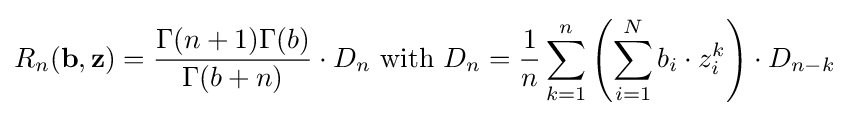
R_{n}(\mathbf {b} ,\mathbf {z} )={\frac {\Gamma (n+1)\Gamma (b)}{\Gamma (b+n)}}\cdot D_{n}{\text{ with }}D_{n}={\frac {1}{n}}\sum _{k=1}^{n}\left(\sum _{i=1}^{N}b_{i}\cdot z_{i}^{k}\right)\cdot D_{n-k}